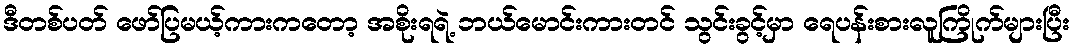
ဒီတစ်ပတ် ဖော်ပြမယ့်ကားကတော့ အစိုးရရဲ့ ဘယ်မောင်းကားတင် သွင်းခွင့်မှာ ရေပန်းစားလူကြိုက်များပြီး